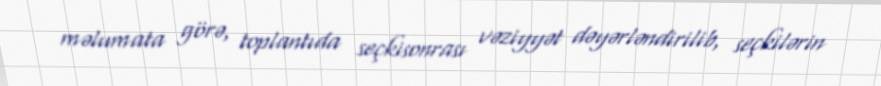
məlumata görə, toplantıda seçkisonrası vəziyyət dəyərləndirilib, seçkilərin